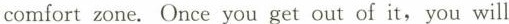
comfort zone. Once you get out of it ，you will